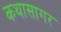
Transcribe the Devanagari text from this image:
कथासागर